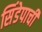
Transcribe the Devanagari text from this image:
सिंडेपाची